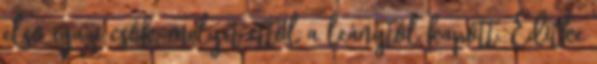
első igazi csók, melyet ettől a leánytól kapott. Editke